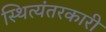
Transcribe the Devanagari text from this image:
स्थित्यंतरकारी